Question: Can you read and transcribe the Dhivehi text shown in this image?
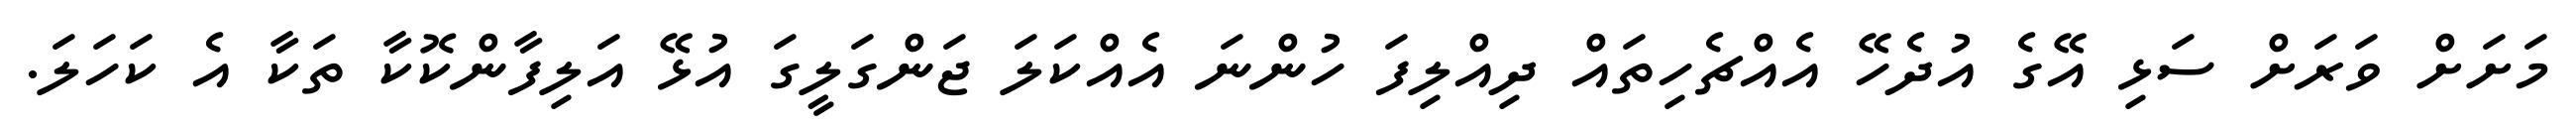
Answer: މަށަށް ވަރަށް ސަޅި އޭގެ އުދެހޭ އެއްޗެހިތައް ދިއްލިފަ ހުންނަ އެއްކަލަ ޖަންގަލީގަ އުޅޭ އަލިފާންކޮކާ ތަކާ އެ ކަހަލަ.